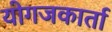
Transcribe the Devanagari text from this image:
योगजकार्ता